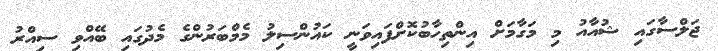
ޖަލްސާގައި ޝުއާއު މި މަގާމަށް އިންތިހާބުކޮށްފައިވަނީ ކައުންސިލު މެމްބަރުންގެ މެދުގައި ބޭއްވި ސިއްރު